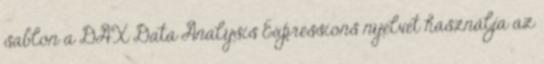
sablon a DAX Data Analysis Expressions nyelvet használja az